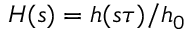
H ( s ) = h ( s \tau ) / h _ { 0 }